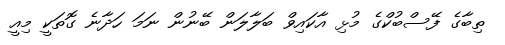
ތިބާގެ ފޭސްބުކްގެ މުޅި އާކައިވް ބަލާލަން ބޭނުން ނަމަ ހަދާނެ ގޮތަކީ މިއީ